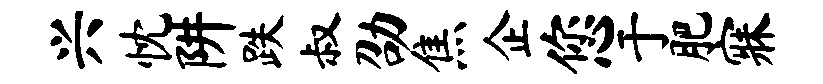
兴忱阱跌叔劭焦企您于肥寐